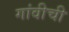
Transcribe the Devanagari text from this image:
गांवीची